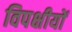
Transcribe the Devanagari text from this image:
विपक्षीयों